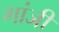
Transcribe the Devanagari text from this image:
गांजी